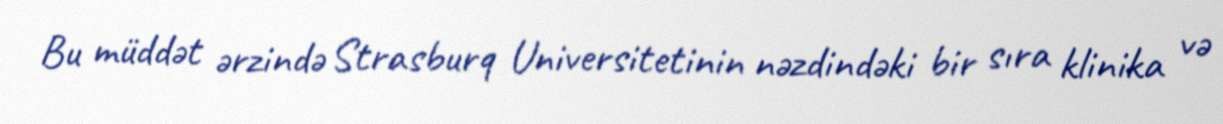
Bu müddət ərzində Strasburq Universitetinin nəzdindəki bir sıra klinika və